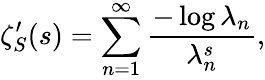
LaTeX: \zeta_{S}^{\prime}(s)=\sum_{n=1}^{\infty}{\frac{-\log\lambda_{n}}{\lambda_{n}^{s}}},